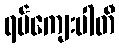
ရပ်ကျေးပါတီ